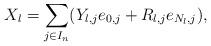
LaTeX: \begin{align*}X_l=\sum_{j\in I_n}(Y_{l,j}e_{0,j}+R_{l,j}e_{N_l,j}),\end{align*}